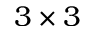
3 \times 3